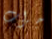
جراب